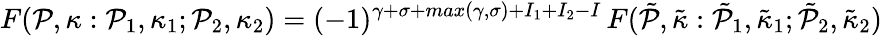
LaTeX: F({\cal P},\kappa:{\cal P}_{1},{\kappa}_{1};{\cal P}_{2},{\kappa}_{2})=(-1)^{\gamma+\sigma+max(\gamma,\sigma)+I_{1}+I_{2}-I}\, F(\tilde{\cal P},\tilde{\kappa}:\tilde{\cal P}_{1},\tilde{\kappa}_{1};\tilde{\cal P}_{2},\tilde{\kappa}_{2})